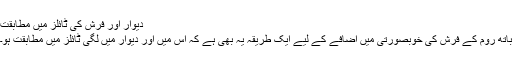
دیوار اور فرش کی ٹائلز میں مطابقت
باتھ روم کے فرش کی خوبصورتی میں اضافے کے لیے ایک طریقہ یہ بھی ہے کہ اس میں اور دیوار میں لگی ٹائلز میں مطابقت ہو۔